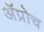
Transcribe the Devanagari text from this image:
अॅप्रोच